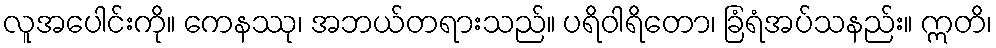
လူအပေါင်းကို။ ကေနဿု၊ အဘယ်တရားသည်။ ပရိဝါရိတော၊ ခြံရံအပ်သနည်း။ ဣတိ၊